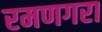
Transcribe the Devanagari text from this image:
रमणगरा